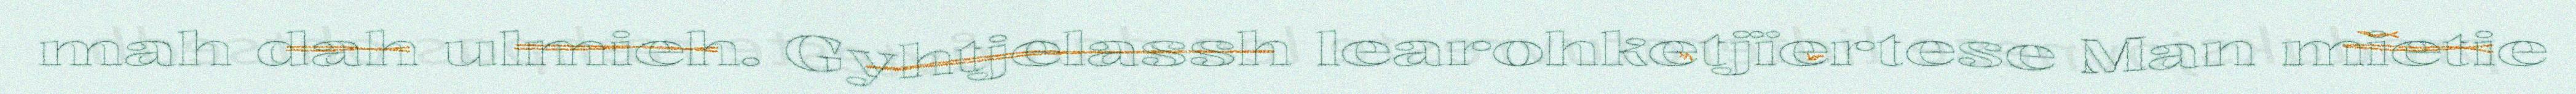
mah dah ulmieh. Gyhtjelassh learohketjïertese Man mietie